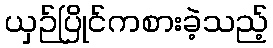
ယှဉ်ပြိုင်ကစားခဲ့သည့်